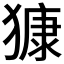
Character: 𱮝